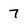
Character: 7